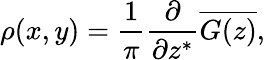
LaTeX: \rho(x,y)=\frac{1}{\pi}\frac{\partial}{\partial z^{\ast}}\overline{{G(z)}},